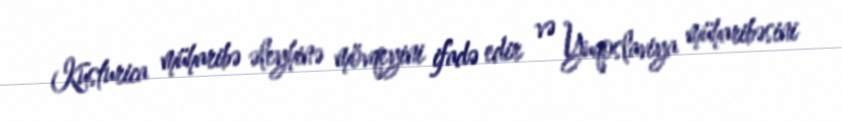
Kusturica müharibə əleyhinə mövqeyini ifadə edir və Yuqoslaviya müharibəsini